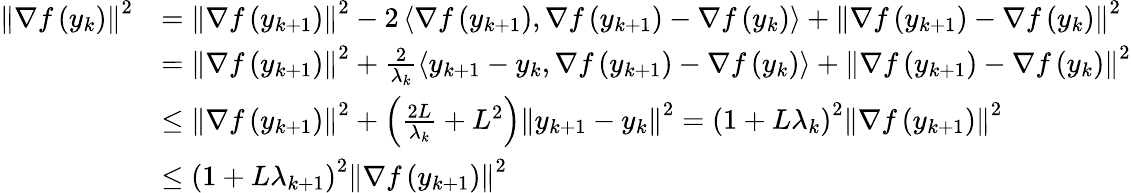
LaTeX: \begin{array}{rl}{\left\lVert\nabla f\left(y_{k}\right)\right\rVert^{2}}&{=\left\lVert\nabla f\left(y_{k+1}\right)\right\rVert^{2}-2\left\langle\nabla f\left(y_{k+1}\right),\nabla f\left(y_{k+1}\right)-\nabla f\left(y_{k}\right)\right\rangle+\left\lVert\nabla f\left(y_{k+1}\right)-\nabla f\left(y_{k}\right)\right\rVert^{2}}\\ &{=\left\lVert\nabla f\left(y_{k+1}\right)\right\rVert^{2}+\frac{2}{\lambda_{k}}\left\langle y_{k+1}-y_{k},\nabla f\left(y_{k+1}\right)-\nabla f\left(y_{k}\right)\right\rangle+\left\lVert\nabla f\left(y_{k+1}\right)-\nabla f\left(y_{k}\right)\right\rVert^{2}}\\ &{\leq\left\lVert\nabla f\left(y_{k+1}\right)\right\rVert^{2}+\left(\frac{2L}{\lambda_{k}}+L^{2}\right)\left\lVert y_{k+1}-y_{k}\right\rVert^{2}=\left(1+L\lambda_{k}\right)^{2}\left\lVert\nabla f\left(y_{k+1}\right)\right\rVert^{2}}\\ &{\leq\left(1+L\lambda_{k+1}\right)^{2}\left\lVert\nabla f\left(y_{k+1}\right)\right\rVert^{2}}\end{array}